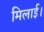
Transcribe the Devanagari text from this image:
मिलाई।